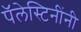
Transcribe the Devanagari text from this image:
पॅलेस्टिनींनी